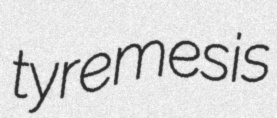
tyremesis